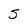
Character: 5